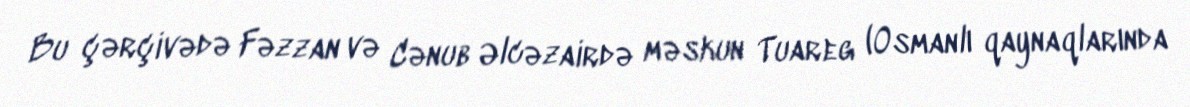
Bu çərçivədə Fəzzan və Cənub Əlcəzairdə məskun Tuareg (Osmanlı qaynaqlarında